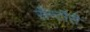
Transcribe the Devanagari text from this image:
सैन्टौरी